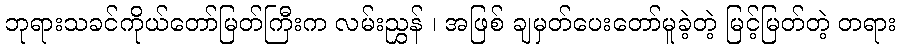
ဘုရားသခင်ကိုယ်တော်မြတ်ကြီးက လမ်းညွှန် ၊ အဖြစ် ချမှတ်ပေးတော်မူခဲ့တဲ့ မြင့်မြတ်တဲ့ တရား